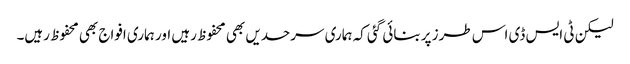
لیکن ٹی ایس ڈی اس طرز پر بنائی گئی کہ ہماری سرحدیں بھی محفوظ رہیں اور ہماری افواج بھی محفوظ رہیں۔